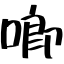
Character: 喞